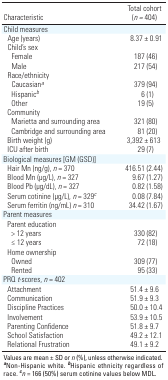
| Characteristic | Total cohort (n = 404) |
 | --- | --- |
 | Child measures |
 | Age (years) | 8.37 ± 0.91 |
 | Child’s sex |
 | Female | 187 (46) |
 | Male | 217 (54) |
 | Race/ethnicity |
 | Caucasiana | 379 (94) |
 | Hispanicb | 6 (1) |
 | Other | 19 (5) |
 | Community |
 | Marietta and surrounding area | 321 (80) |
 | Cambridge and surrounding area | 81 (20) |
 | Birth weight (g) | 3,392 ± 613 |
 | ICU after birth | 29 (7) |
 | Biological measures [GM (GSD)] |
 | Hair Mn (ng/g), n = 370 | 416.51 (2.44) |
 | Blood Mn (μg/L), n = 327 | 9.67 (1.27) |
 | Blood Pb (μg/dL), n = 327 | 0.82 (1.58) |
 | Serum cotinine (μg/L), n = 329c | 0.08 (7.84) |
 | Serum ferritin (ng/mL) n = 310 | 34.42 (1.67) |
 | Parent measures |
 | Parent education |
 | > 12 years | 330 (82) |
 | ≤ 12 years | 72 (18) |
 | Home ownership |
 | Owned | 309 (77) |
 | Rented | 95 (33) |
 | PRQ t-scores, n = 402 |
 | Attachment | 51.4 ± 9.6 |
 | Communication | 51.9 ± 9.3 |
 | Discipline Practices | 50.0 ± 10.4 |
 | Involvement | 53.9 ± 10.5 |
 | Parenting Confidence | 51.8 ± 9.7 |
 | School Satisfaction | 49.2 ± 12.1 |
 | Relational Frustration | 49.1 ± 9.2 |
 | <COLSPAN=2> Values are mean ± SD or n (%), unless otherwise indicated. aNon-Hispanic white. bHispanic ethnicity regardless of race. cn = 166 (50%) serum cotinine values below MDL. |